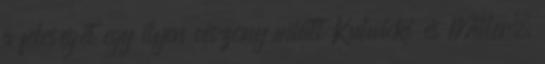
a feleségét egy ilyen viszony miatt Kulwicki és Miller,